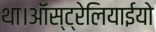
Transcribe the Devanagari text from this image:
था।ऑस्ट्रेलियाईयो